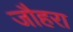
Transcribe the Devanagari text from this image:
जौहरा